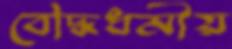
বৌদ্ধধর্মীয়